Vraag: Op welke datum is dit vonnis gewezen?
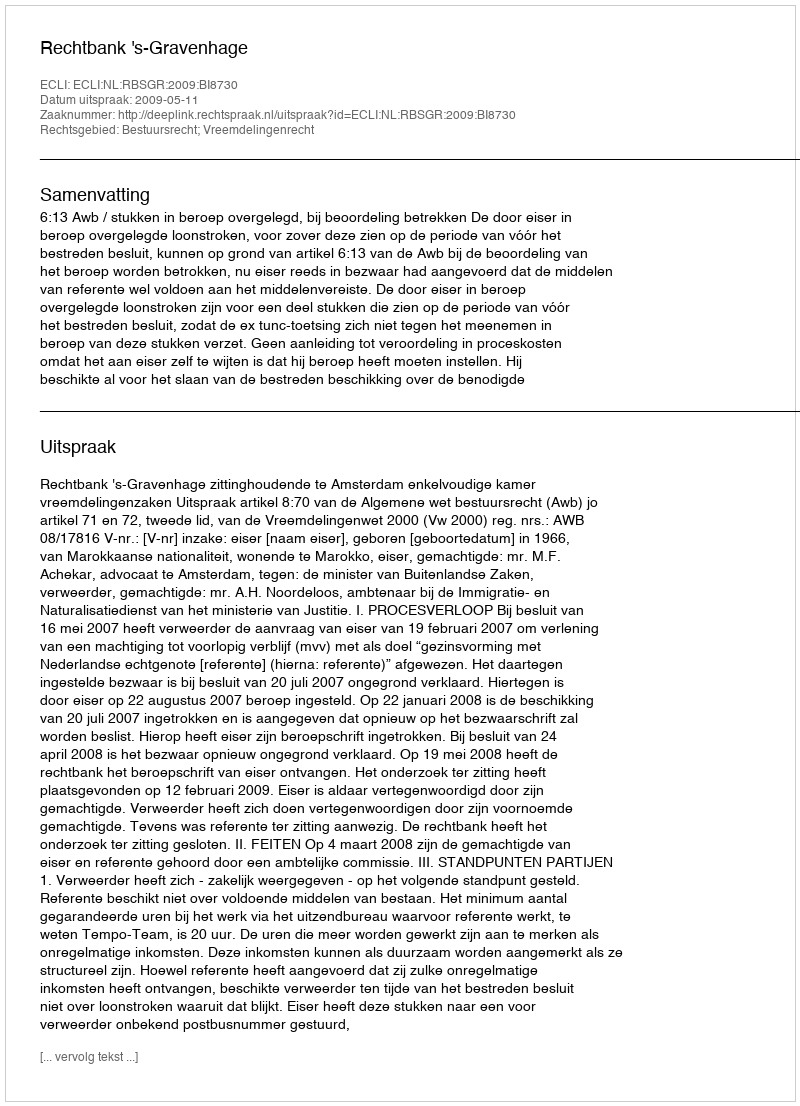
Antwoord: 2009-05-11